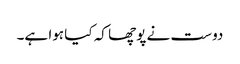
دوست نے پوچھا کہ کیا ہوا ہے۔